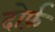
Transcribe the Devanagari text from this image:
दोर्फ़